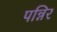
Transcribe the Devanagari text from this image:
पन्निर